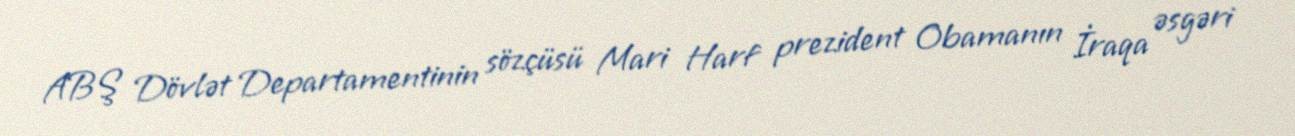
ABŞ Dövlət Departamentinin sözçüsü Mari Harf prezident Obamanın İraqa əsgəri